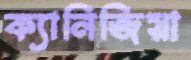
ক্যানিজিয়া